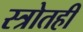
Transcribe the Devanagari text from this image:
स्त्रोतही